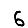
Digit: 6